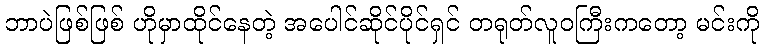
ဘာပဲဖြစ်ဖြစ် ဟိုမှာထိုင်နေတဲ့ အပေါင်ဆိုင်ပိုင်ရှင် တရုတ်လူဝကြီးကတော့ မင်းကို